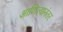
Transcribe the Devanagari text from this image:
आणित्यानंतर